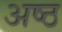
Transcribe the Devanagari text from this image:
अष्‍ठ